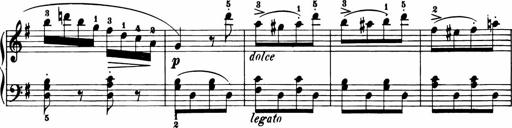
Title: 11 Sonatinas for Piano Solo
Composer: Anton Diabelli